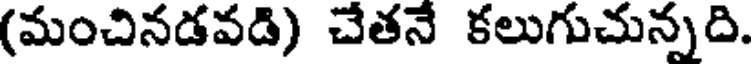
(మంచినడవడి) చేతనే కలుగుచున్నది.